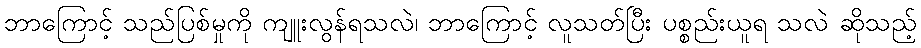
ဘာကြောင့် သည်ပြစ်မှုကို ကျူးလွန်ရသလဲ၊ ဘာကြောင့် လူသတ်ပြီး ပစ္စည်းယူရ သလဲ ဆိုသည့်